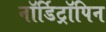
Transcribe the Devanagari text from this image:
नॉर्डिट्रॉपिन